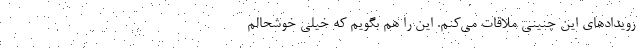
رویداد‌های این چنینی ملاقات می‌کنم. این را هم بگویم که خیلی خوشحالم